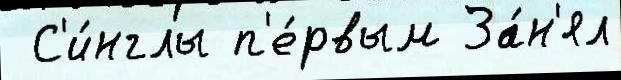
 С'и́нглы п'е́рвым За́н'ял